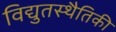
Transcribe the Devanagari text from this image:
विद्युतस्थैतिकी